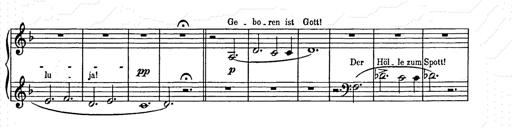
Title: Weihnachtsbaum
Composer: Franz Liszt